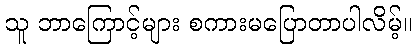
သူ ဘာကြောင့်များ စကားမပြောတာပါလိမ့်။